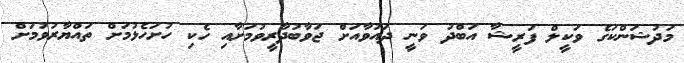
މަދުޝަންކަގެ ވަކީލް ފަރީޝާ އަބްދު ވަނީ ދައުވާއަށް ޖަވާބުދާރީވުމަށާއި ހެކި ހުށަހެޅުމަށް ތައްޔާރުވުމަށް